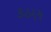
કઠણ